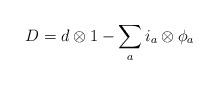
LaTeX: \begin{align*} D = d \otimes 1 - \sum_a i_{a} \otimes \phi_a\end{align*}